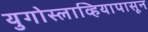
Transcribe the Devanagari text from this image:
युगोस्लाव्हियापासून